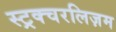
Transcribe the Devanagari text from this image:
स्ट्रक्चरलिज़म